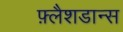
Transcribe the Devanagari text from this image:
फ़्लैशडान्स